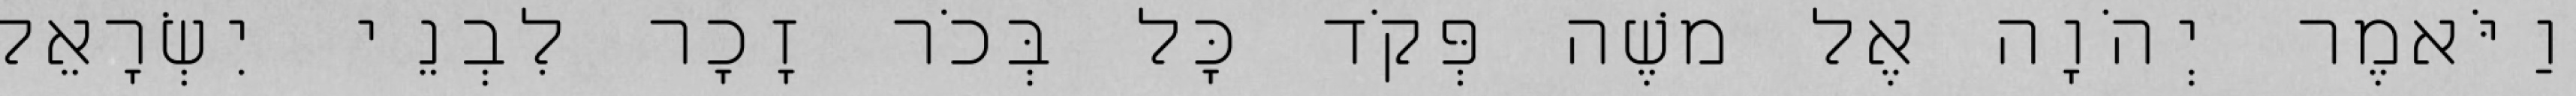
וַיֹּאמֶר יְהֹוָה אֶל משֶׁה פְּקֹד כָּל בְּכֹר זָכָר לִבְנֵי יִשְׂרָאֵל